Bréfritari: Soffía Daníelsdóttir
Viðtakandi: Jakobína Magnúsdóttir og Daníel Halldórsson
Dagsetning: A-1905-01-22
Skrifað á: Skeggjastöðum  N-Múl.
Soffía var dóttir Jakobínu og Daníels

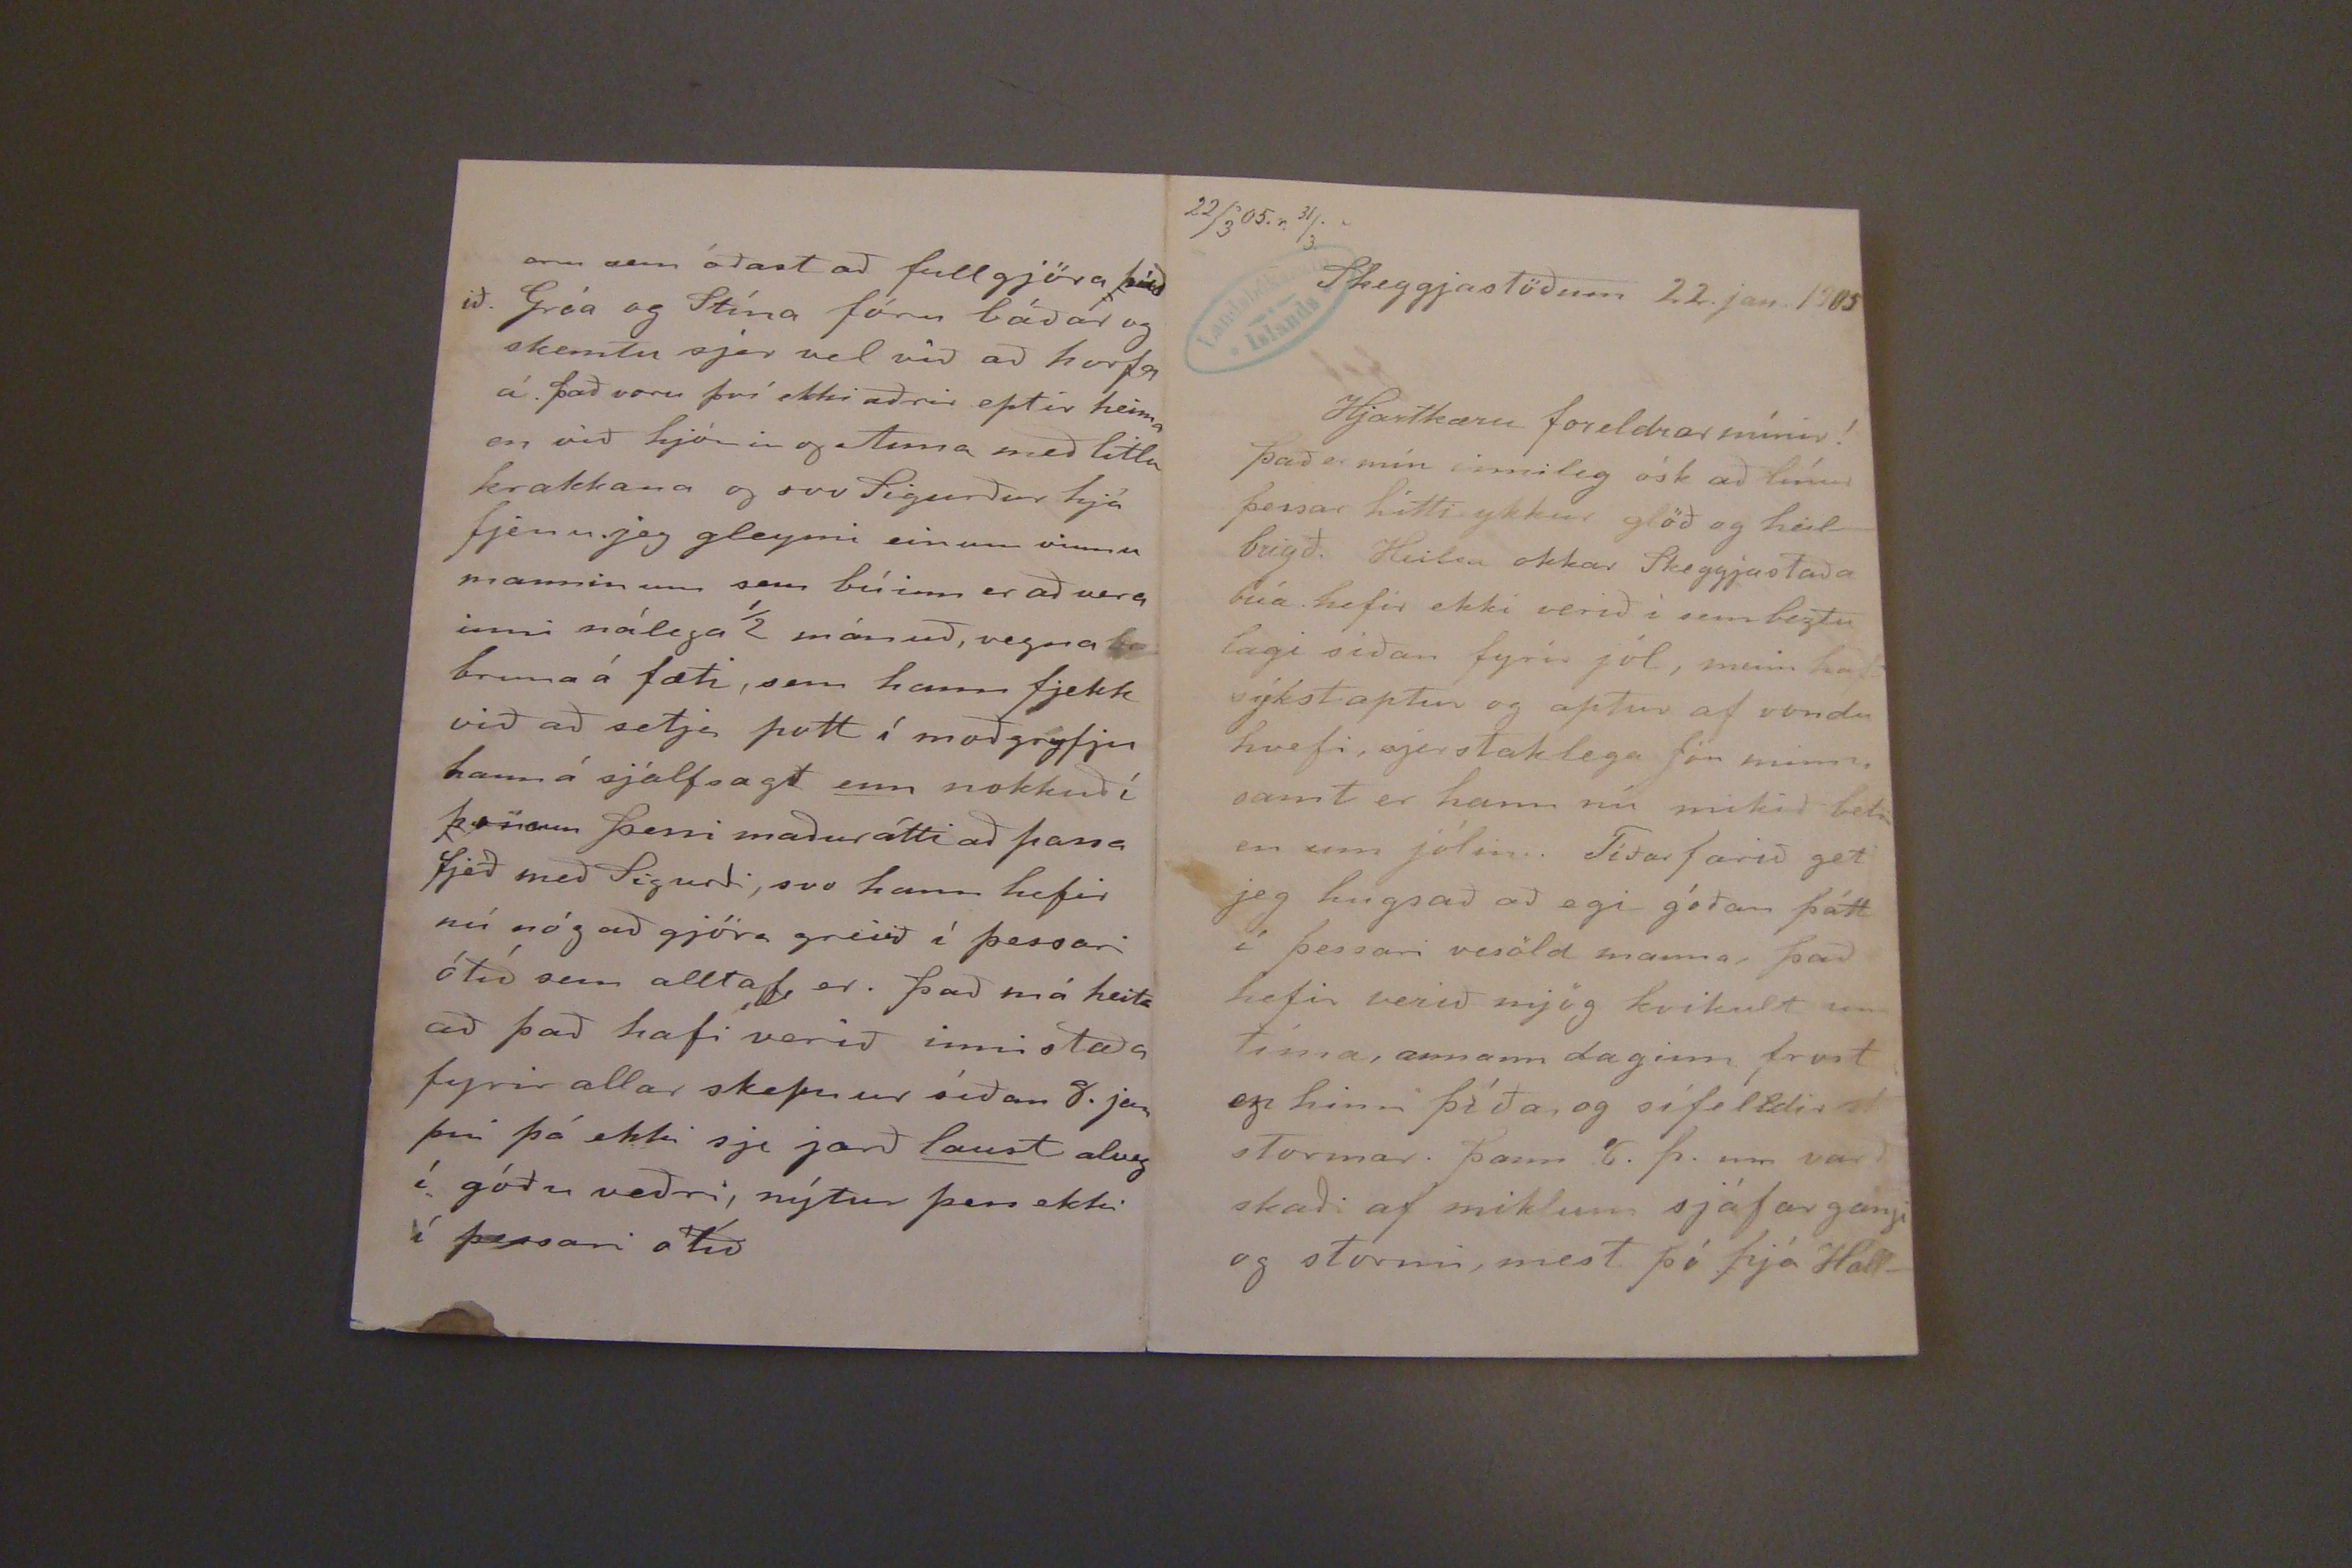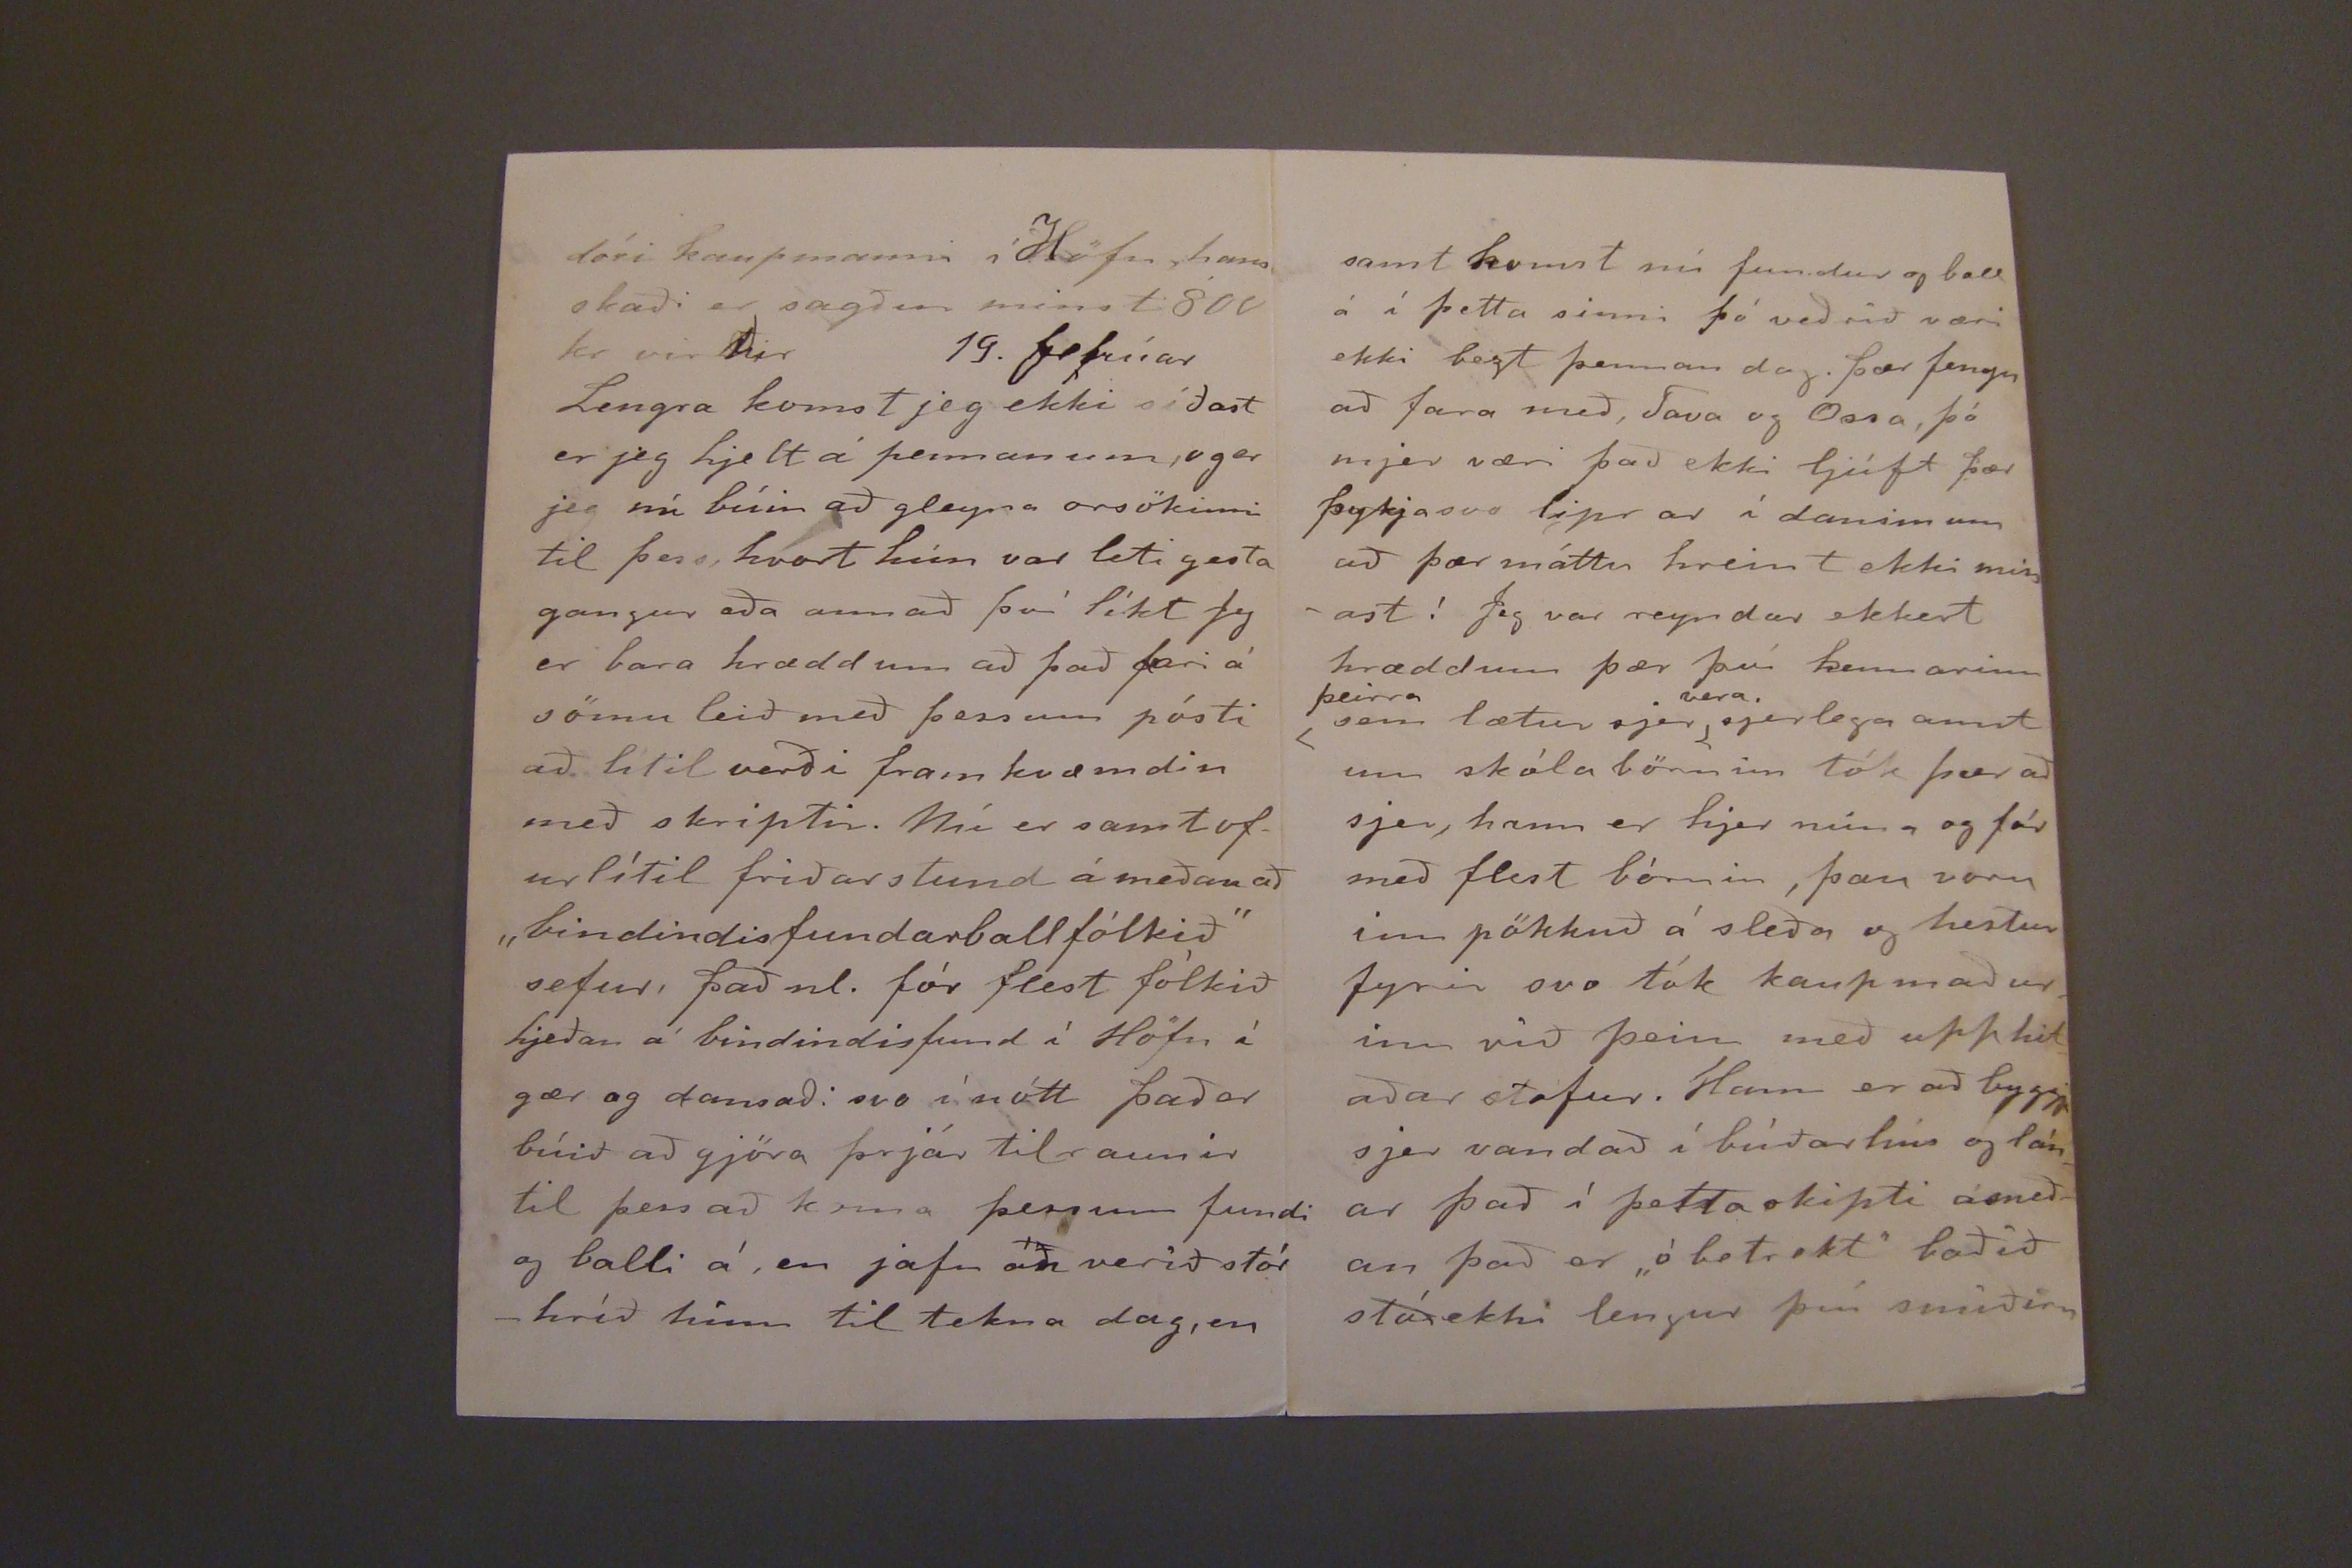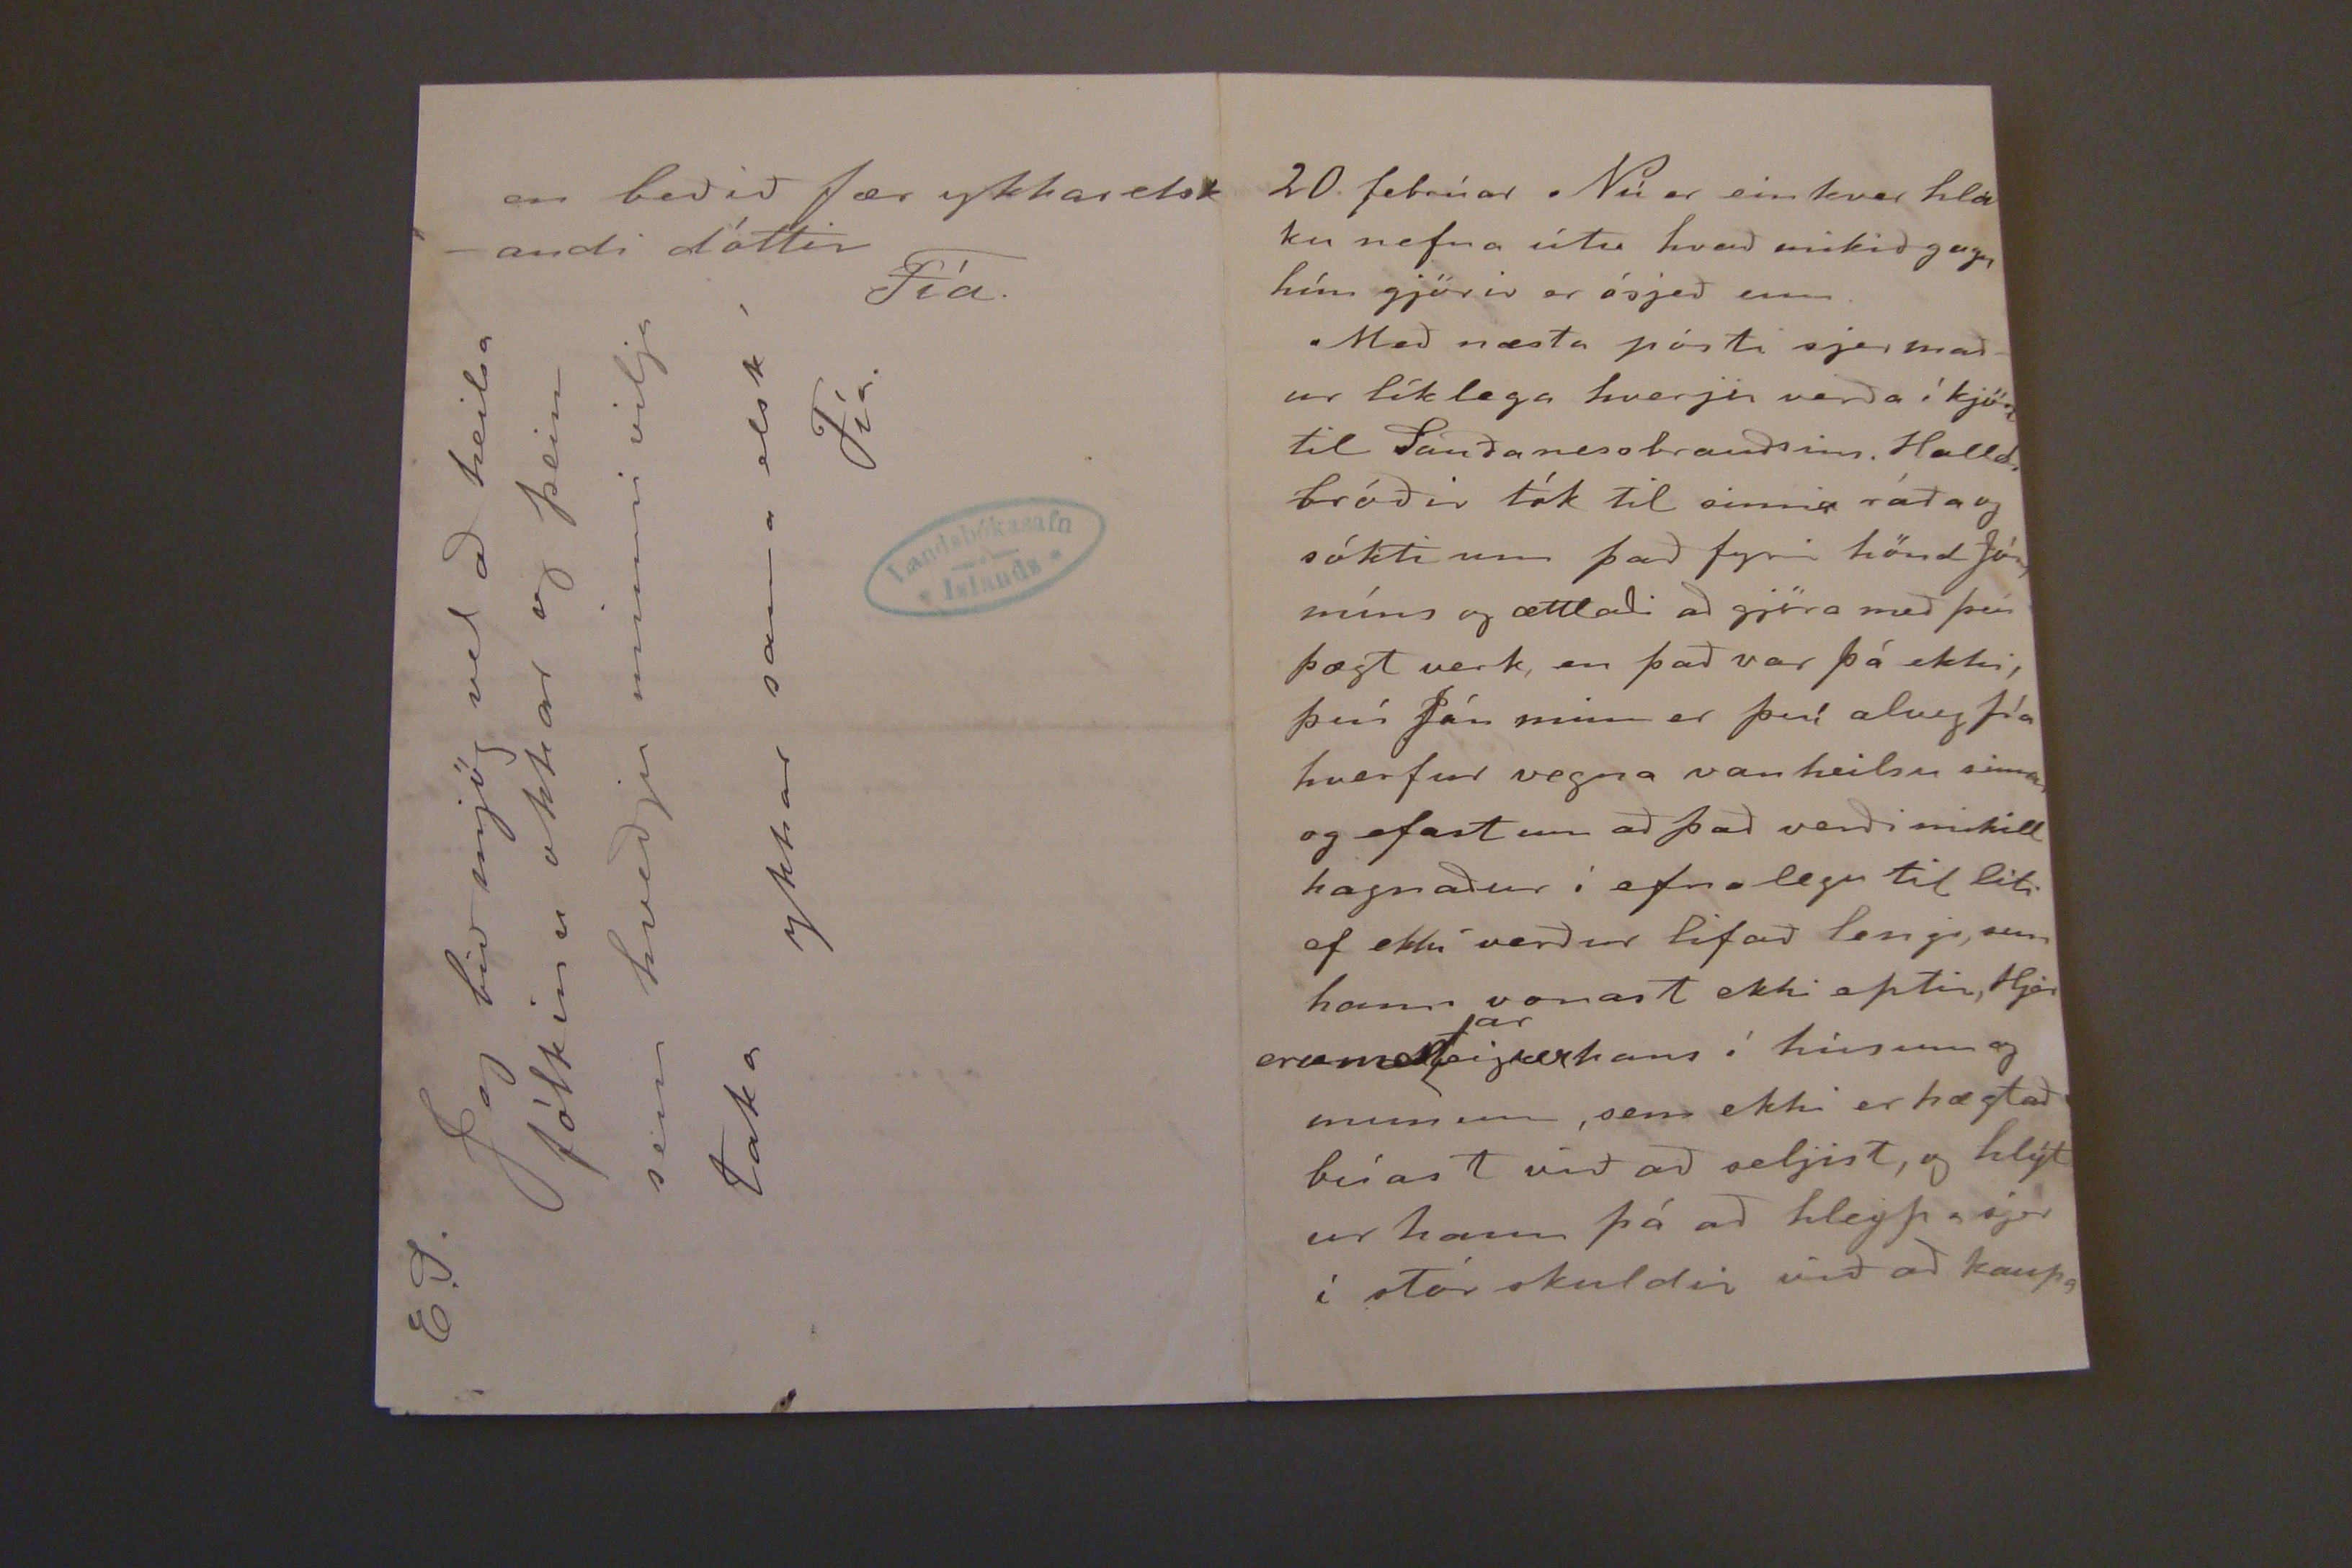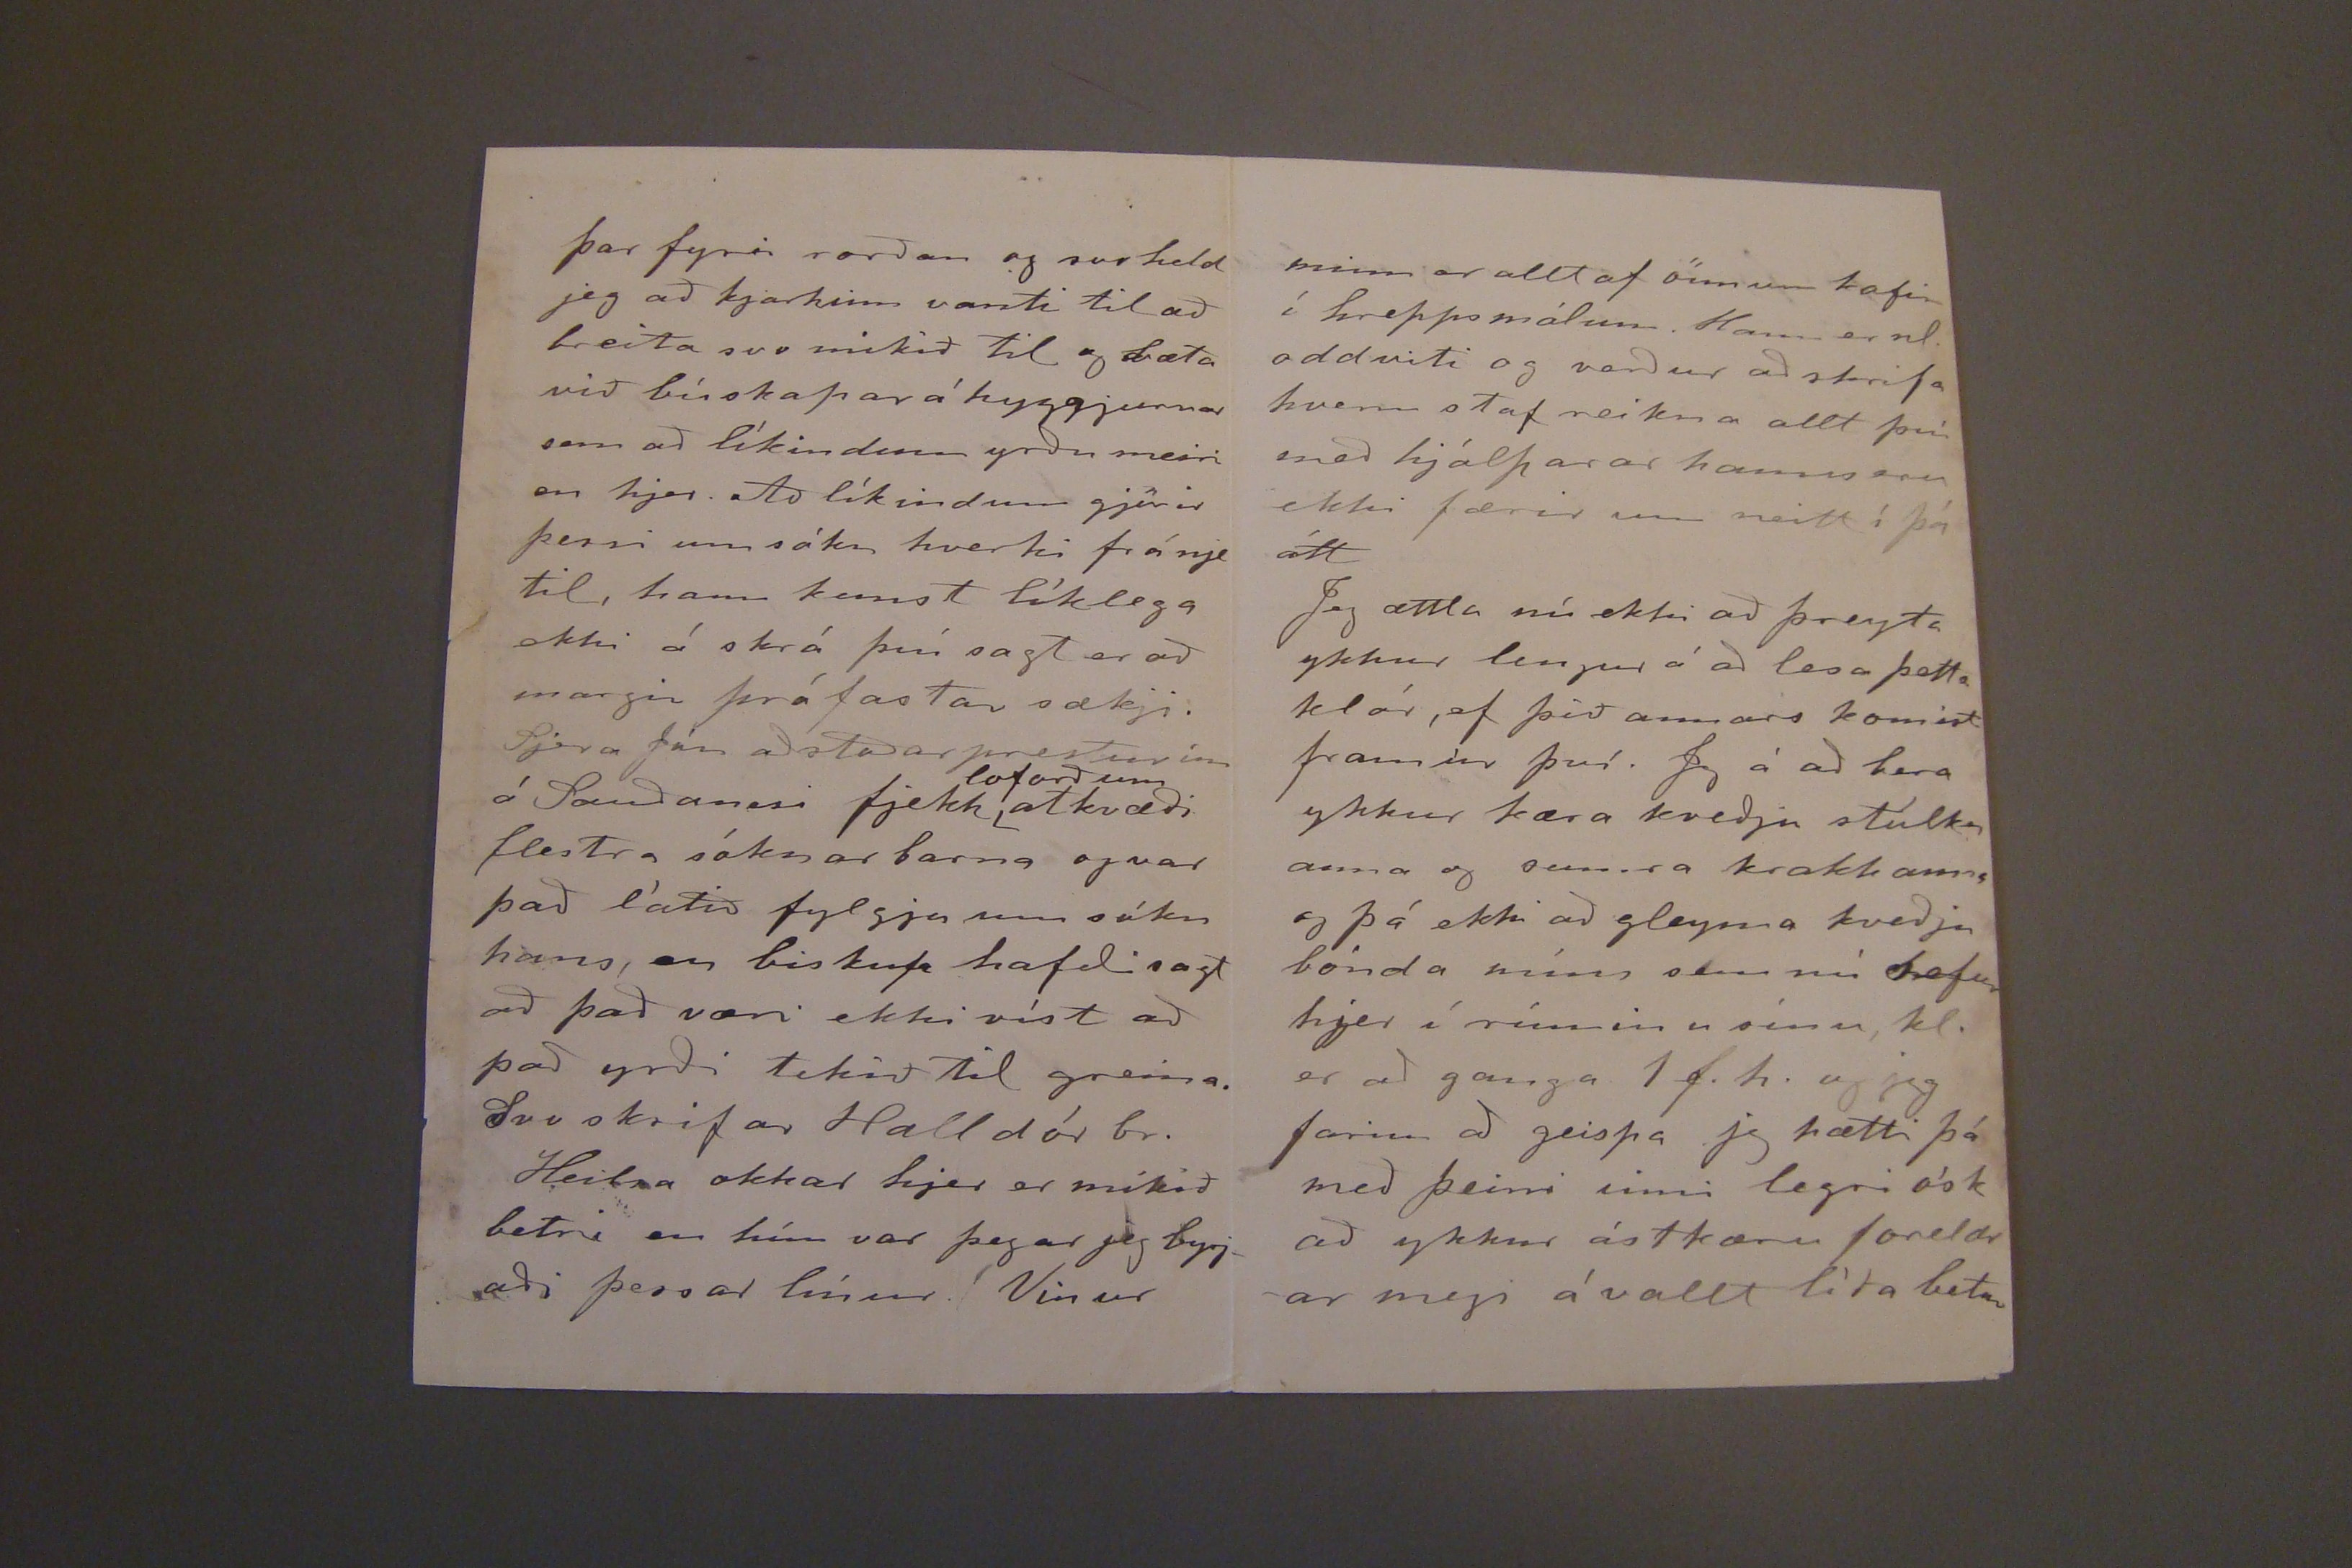

22/3'05.r 31/3.
Skeggjastöðum 22. jan. 1905
Hjartkæru foreldrar mínir!
það er mín innileg ósk að línur þessar hitti ykkur glöð og heilbrigð. Heilsa okkar Skeggjastaða búa hefir ekki verið í umbeztu lagi siðan fyrir jól, menn hafa sýkst aptur og aptur af vondu hvefi, sjerstaklega Jón minn, samt er hann nú mikið betri en um jólin. Tíðar farið get jeg hugsað að egi góðan þátt í þessari vesöld manna, það hefir verið mjög kvikult um tíma, annann daginn frost en hinn þíða, og sífelldir stormar þann 6. þ.m. varð skaði af miklum sjáfargangi og stormi, mest þó hjá Hall-
dóri kaupmanni í Höfn, hans skaði er sagður minst 800 kr virðir
19. febrúar
Lengra komst jeg ekki síðast er jeg hjelt á pennanum, og er jeg nú búin að gleyma orsökinni til þess, hvort hún var leti gesta gangur eða annað því líkt Jeg er hrædd um að það fari á sömu leið með þessum pósti að lítil verði fram kvæmdin með skriptir. Nú er samt ofurlítil friðarstund á meðan að "bindindisfundarballfólkið" sefur, það nl. fór flest fólkið hjeðan á bindindisfund í Höfn í gær og dansaði svo í nótt það er búið að gjöra þrjár tilraunir til þess að koma þessum fundi og balli á, en jafnan verið stórhríð hinn til tekna dag, en
ann sem óðast að fullgjöra húsið. Gróa og Stína fóru báðar og skemtu sjer vel við að horfa á það voru því ekki aðrir eptir heima en við hjónin og Anna með litlu krakkana og svo Sigurður hjá fjenu. jeg gleymi einum vinnu manninum sem búinn er að vera inni nálega 1/2 mánuð, vegna bruna á fæti, sem hann fjekk við að setja pott í moðgryfju hann á sjálfsagt enn nokkuð í honum þessi maður átti að passa fjeð með Sigurði, svo hann hifir nú nóg að gjöra greiið í þessari ótíð sem alltaf er. það má heita að það hafi verið inni stæða fyrir allar skepnur síðan 8. jan því ekki sje jarð
laust
alveg í góðu veðri, nýtur þess ekki í þessari ótíð
samt komst nú fundur og ball á í þetta sinni þó veðrið væri ekki bezt þennan dag. þær fengu að fara með, Tava og Ossa, þó mer væri það ekki ljúft þær þykja svo liprar í dansinum að þær máttu hreint ekki missast! Jeg var reyndar ekkert hræddum þ.ær því kennarinn
þeirra
sem lætur sjer
vera
sjerlega annt um skóla börnin tók þær að sjer, hann er hjer núna og fór með flest bórnin, þau voru inn pökkuð á sleða og hestur fyrir svo tók kaup maðurinn við þeim með upp hit aðar stofur. Hann er að byggja sjer vandað í búðarhús og lánar það í þetta skipti á meðan það er "ó betrekt" baðið stóð ekki lengur því smiðirn
20. febrúar Nú er einkver hlaku nefna útu hvað mikið gagn hún gjörir er ósjeð enn.
Með næsta póst sjer maður líklega hverjir verða í kjöri til Sauðanessbrauðsins. Halld. bróðir tók til sinns ráða og sókti um það fyrir hönd Jóns míns og ættlaði að gjöra með því þægt verk, en það var þá ekki, því Jón minn er því alveg frá hverfur vegna vanheilsu sinnar og efast um að það verði mikill hagnaður í efnalegu til liti ef ekkí verður lifað lengi, sem hann vonast ekki eptir, Hjer erum mætt
ar
eigverhans
í hinum og munum, sem ekki er hægt að búast við að seljist, og hlýt ur hann þá að hleypa ögn í stór skuldir við að kaupa
þþar fyrir norðan og svo held jeg að kjarkinn vanti til að breita svo mikið til og bæta við búskaparáhyggjurnar sem að líkindum yrðu meiri en hjer. Að líkindum gjörir þessi um sókn hvorki frá njer til, hann kemst líklega ekki á skrá því sagt er að margir prófastar sækji. Sjera Jón aðstoðarpresturinn á Sauðanesi fjekk
loforð um
atkvæði flestra sóknarbarna og var það látið fylgja um sókn hans, en biskup hafði sagt að það væri ekki víst að það yrði tekið ti greina. Svo skrifar Halldór br.
Heilsa okkar hjer er mikið betri en hún var þegar jeg byrjaði þessar línur. Vinur
minn er alltof önnum kafin í hreppsmálum. Hann er nl. oddviti og verður að skrifa hvern staf reikna allt því með hjálparar hanns eru ekki færir um neitt í þá átt
Jeg ættla nú að þreyta ykkur lengur á að lesa þetta klór, ef þið annars komið fram úr því. Jeg á að bera ykkur kæra kveðju stúlkn anna og sumra krakkanna og þá ekki að gleyma kveðju bónda míns sem nú sefur hjer í rúminu sínu, kl. er að ganga 1 f.h. og jeg farin að geispa jeg hætti þá með þeirri inni legri ósk að ykkur ástkæru foreldr ar megi á vallt líða betur en beðið fær ykkar elskandi dóttir
Fía.
E.S.
Jeg bið mjög vel að heilsa fólkinu okkar og þeim sem hveðju minni vilja taka
ykkar sama elsk
Fía.